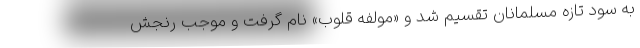
به سود تازه مسلمانان تقسیم شد و «مولفه قلوب» نام گرفت و موجب رنجش